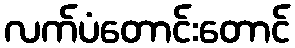
လက်ပံတောင်းတောင်